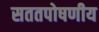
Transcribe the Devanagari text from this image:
सततपोषणीय